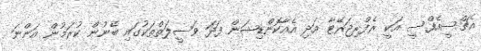
އެޗްސީއެފްސީ އަކީ ރެފްރިޖަރޭޓާ އަދި އެއާކޮންޑިޝަން ފަދަ ވަސީލަތްތަކުގައި ބޭނުން ކުރަމުން އަންނަ